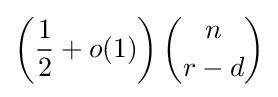
\left({\frac {1}{2}}+o(1)\right){\binom {n}{r-d}}